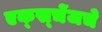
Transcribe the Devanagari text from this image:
एक्स्चेंजचे